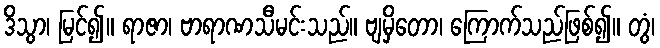
ဒိသွာ၊ မြင်၍။ ရာဇာ၊ ဗာရာဏသီမင်းသည်။ ဗျမှိတော၊ ကြောက်သည်ဖြစ်၍။ တွံ၊